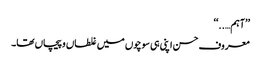
’’آہم…..‘‘
معروف حسن اپنی ہی سوچوں میں غلطاں و پیچاں تھا۔